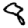
Digit: 8